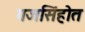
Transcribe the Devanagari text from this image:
गजसिंहोत